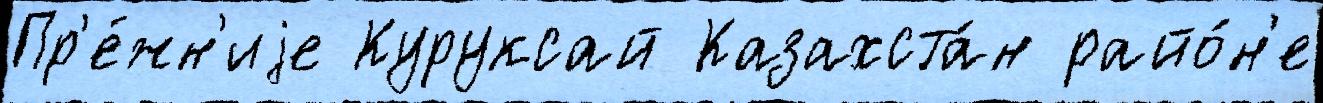
Пр'е́жн'иjе Куруксай Казахста́н райо́н'е